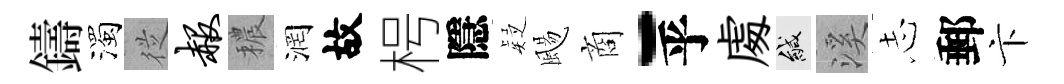
鑄濁従赧穠润故枵隱疑颺商-乎䖏緘溪𢖽郵卞